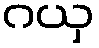
ဂယှ